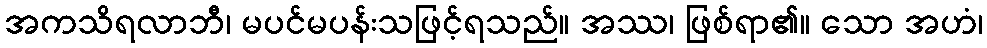
အကသိရလာဘီ၊ မပင်မပန်းသဖြင့်ရသည်။ အဿ၊ ဖြစ်ရာ၏။ သော အဟံ၊